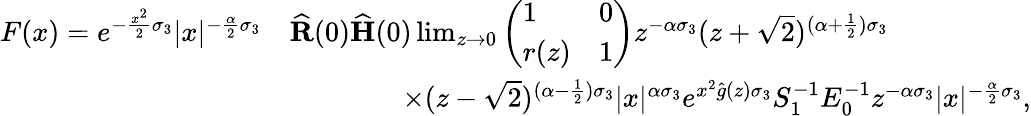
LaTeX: \begin{array}{rl}{F(x)=e^{-\frac{x^{2}}{2}\sigma_{3}}|x|^{-\frac{\alpha}{2}\sigma_{3}}}&{\widehat{\mathbf{R}}(0)\widehat{\mathbf{H}}(0)\operatorname*{lim}_{z\to 0}\left(\begin{array}{ll}{1}&{0}\\ {r(z)}&{1}\end{array}\right)z^{-\alpha\sigma_{3}}(z+\sqrt{2})^{(\alpha+\frac{1}{2})\sigma_{3}}}\\ &{\qquad\qquad\times(z-\sqrt{2})^{(\alpha-\frac{1}{2})\sigma_{3}}|x|^{\alpha\sigma_{3}}e^{x^{2}\widehat{g}(z)\sigma_{3}}S_{1}^{-1}E_{0}^{-1}z^{-\alpha\sigma_{3}}|x|^{-\frac{\alpha}{2}\sigma_{3}},}\end{array}